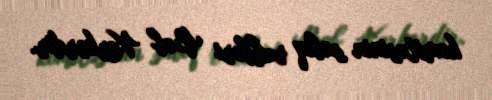
komitəsinin sabiq rəhbəri Bob Korkerdir.